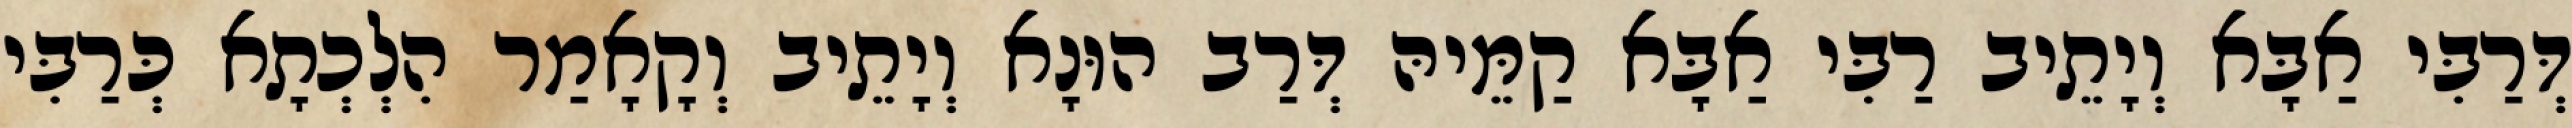
דְּרַבִּי אַבָּא וְיָתֵיב רַבִּי אַבָּא קַמֵּיהּ דְּרַב הוּנָא וְיָתֵיב וְקָאָמַר הִלְכְתָא כְּרַבִּי